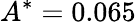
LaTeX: A^{*}=0.065